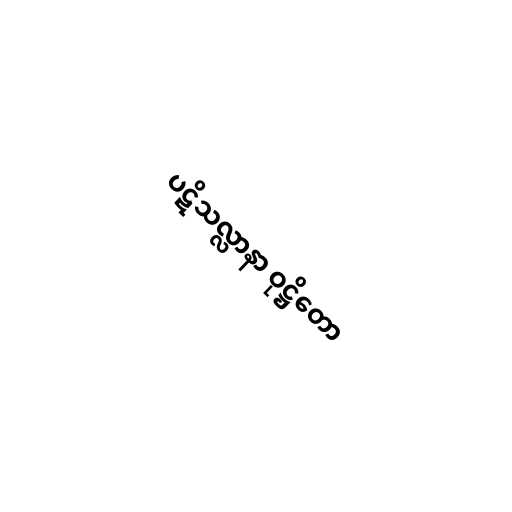
ပဋိသလ္လာနာ ဝုဋ္ဌိတော